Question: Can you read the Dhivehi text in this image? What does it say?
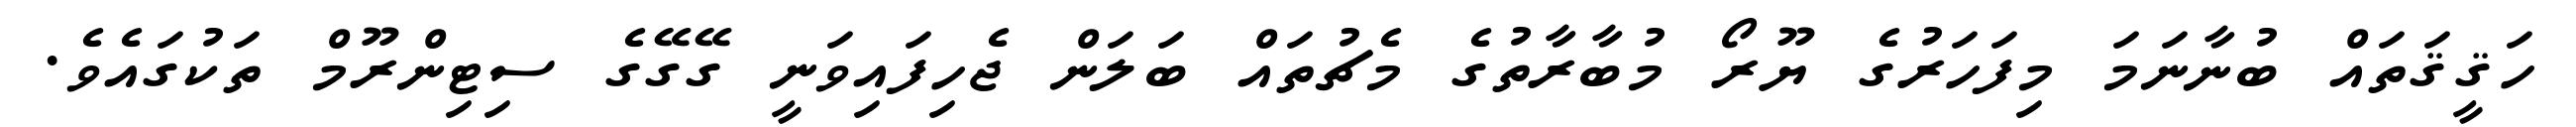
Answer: ހަޤީޤަތައް ބުނާނަމަ މިފަހަރުގެ ޔޫރޯ މުބާރާތުގެ މެޗުތައް ބަލަން ޖެހިފައިވަނީ ގޭގޭގެ ސިޓިންރޫމް ތަކުގައެވެ.